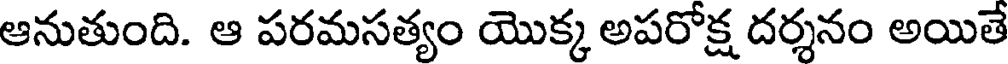
ఆనుతుంది. ఆ పరమసత్యం యొక్క అపరోక్ష దర్శనం అయితే